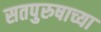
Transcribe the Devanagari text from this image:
सतपुरुषाच्या